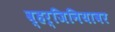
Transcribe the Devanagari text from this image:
व्हर्जिनियावर